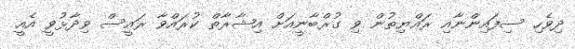
ދިވެހި ސިފައިންނާއި ރައްޔިތުން ވި ގުރްބާނީއަށް އިޝާރާތް ކުރައްވާ ރައީސް ވިދާޅުވީ އެއީ